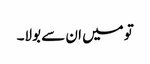
تو میں ان سے بولا۔